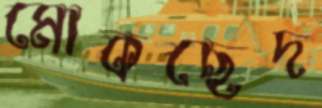
মোকছেদ